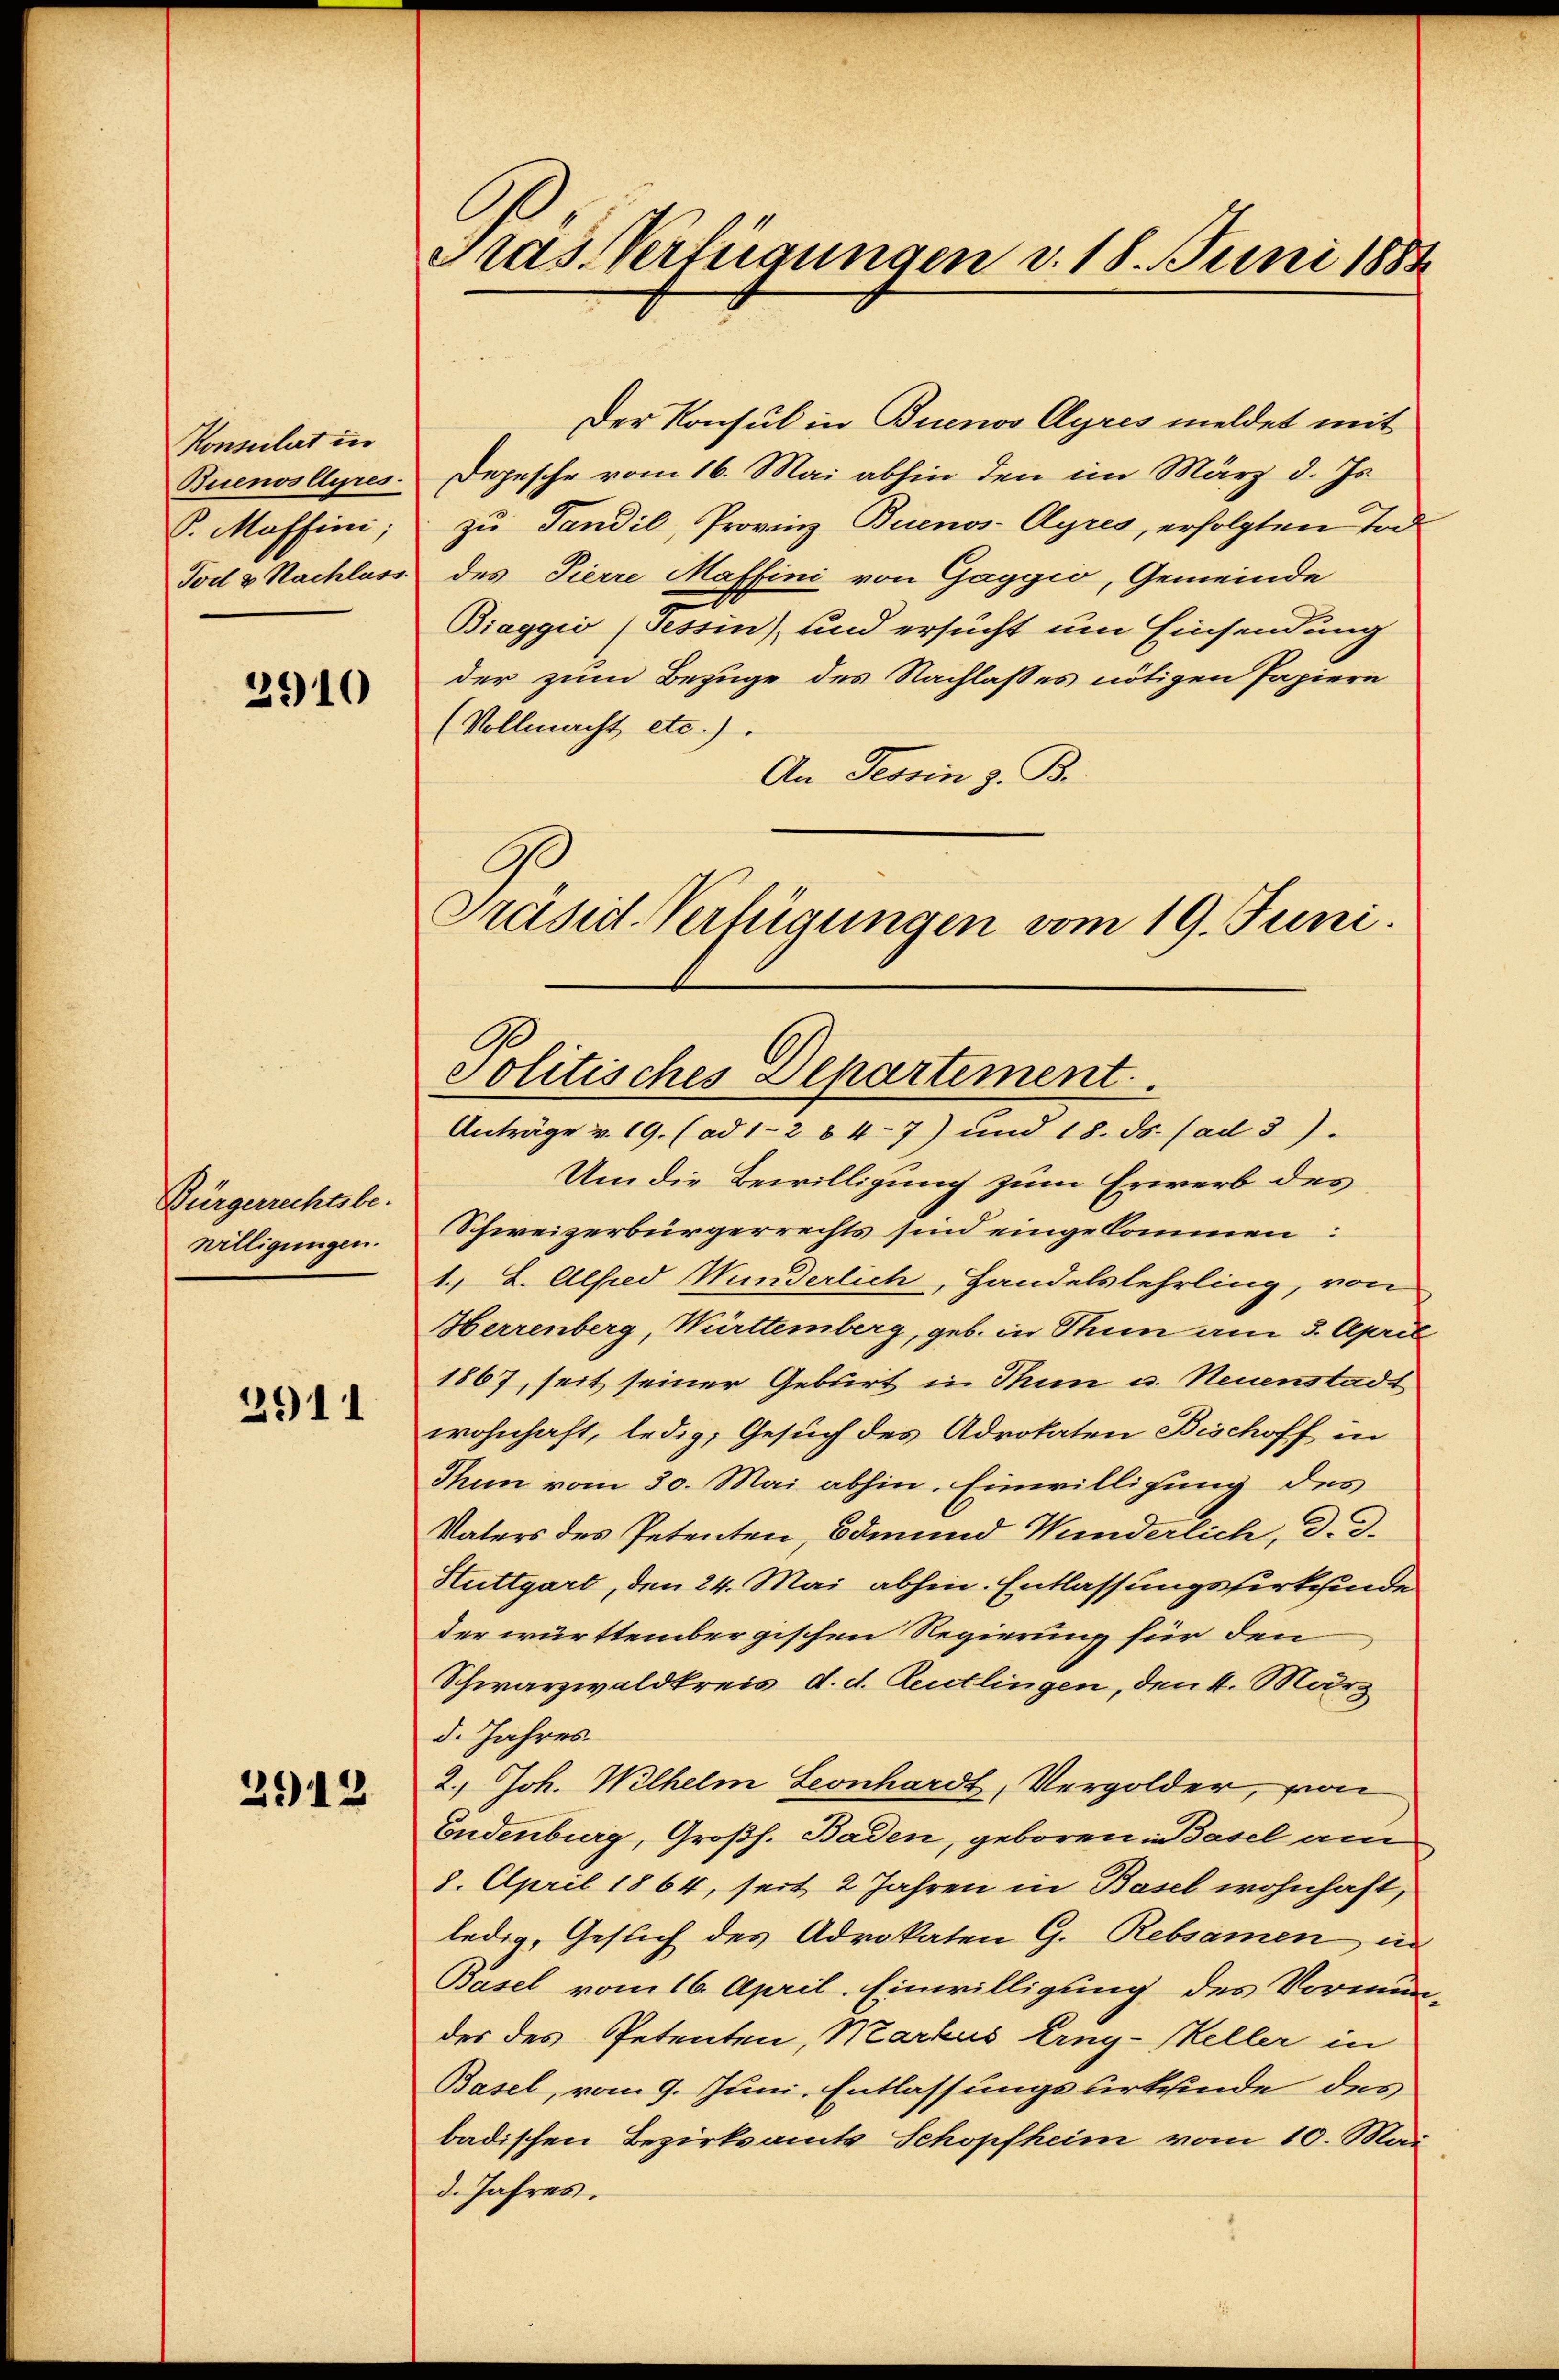
Konsulat in
Buenosseres.
S. Maffini;
Tod & Nachlass

3910

Bürgerrechtsbe-
willigungen.

2911

2912

Präs. Verfügungen v. 18. Juni 1883

C
Präsid. Verfügungen vom 19. Juni.
Politisches Departement

Der Konsul in Buenos Ayres meldet mit
Depesche vom 16. Mai abhin den im März d. Js.
zu Tandil, Provinz Buenos-Ayres, erfolgten Tod
des Pierre Maffini von Gaggio, Gemeinde
Biaggio (Tessin, und ersucht um Einsendung
der zum Bezuge des Nachlasses nötigen Papiern
(Vollmacht etc.)
An Tessin z. B.
Anträge v. 19. (ad 1-2 847) und 18. ds. (ad 3).
Um die Bewilligung zum Erwerb des
Schweizerbürgerrechts sind eingekommen:
1. L. Alfred Wunderlich, Handelslehrling, von
Herrenberg, Württemberg, geb. in Thun am 3. April
1867, seit seiner Geburt in Thun u. Neuenstadt
wohnhaft, ledig, Gesuch des Advokaten Bischoff in
Thun vom 30. Mai abhin. Einwilligung des
Vaters des Petenten, Bdmund Wunderlich, d. d.
Stuttgart, den 24. Mai abhin. Entlassungsserkinde
der württembergischen Regierung für den
Schwarzwaldkreis d. d. Reutlingen, den 4. März
d. Jahres.
2.) Joh. Wilhelm Leonhardt, Vergolder, von
Endenburg, Großh. Baden, geboren: Basel am
8. April 1864, seit 2 Jahren in Basel wohnhaft,
ledig, Gesuch des Advokaten G. Rebsamen in
Basel vom 16. April. Einwilligung des Vormun-
der des Petenten, Markus Erng-Meller in
Basel, vom 9. Juni, Entlassungsurkunde des
badischen Bezirksamts Schopfheim vom 10. Mai
d. Jahres.